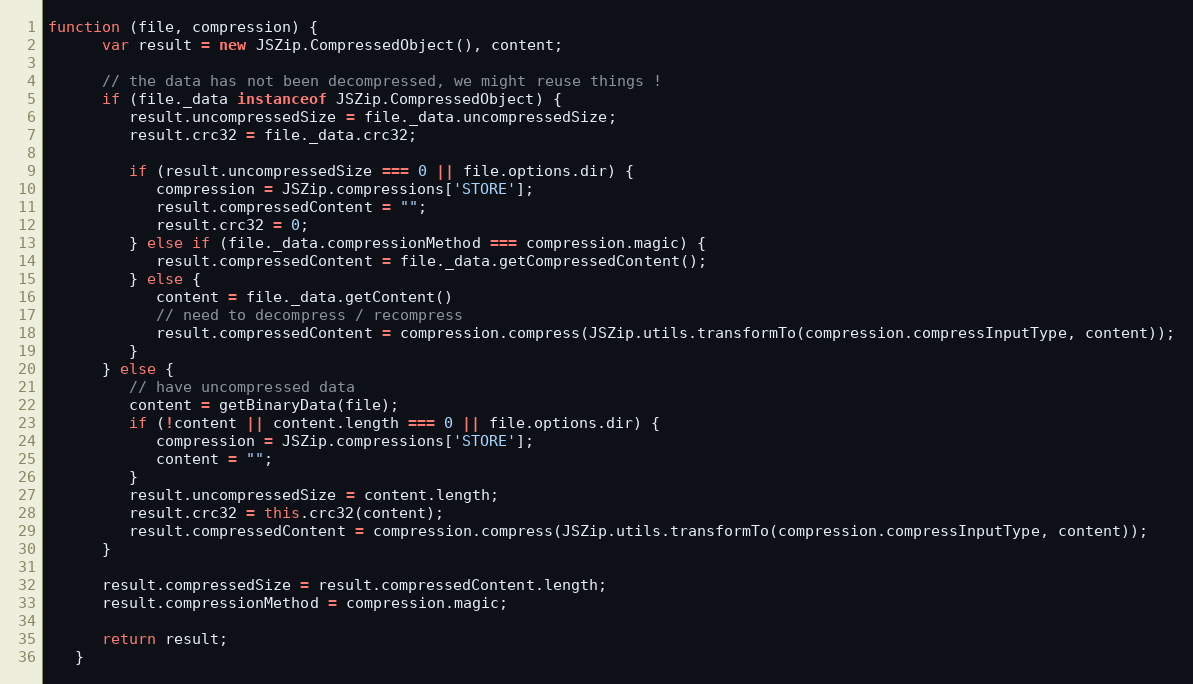
Language: JavaScript
function (file, compression) {
      var result = new JSZip.CompressedObject(), content;

      // the data has not been decompressed, we might reuse things !
      if (file._data instanceof JSZip.CompressedObject) {
         result.uncompressedSize = file._data.uncompressedSize;
         result.crc32 = file._data.crc32;

         if (result.uncompressedSize === 0 || file.options.dir) {
            compression = JSZip.compressions['STORE'];
            result.compressedContent = "";
            result.crc32 = 0;
         } else if (file._data.compressionMethod === compression.magic) {
            result.compressedContent = file._data.getCompressedContent();
         } else {
            content = file._data.getContent()
            // need to decompress / recompress
            result.compressedContent = compression.compress(JSZip.utils.transformTo(compression.compressInputType, content));
         }
      } else {
         // have uncompressed data
         content = getBinaryData(file);
         if (!content || content.length === 0 || file.options.dir) {
            compression = JSZip.compressions['STORE'];
            content = "";
         }
         result.uncompressedSize = content.length;
         result.crc32 = this.crc32(content);
         result.compressedContent = compression.compress(JSZip.utils.transformTo(compression.compressInputType, content));
      }

      result.compressedSize = result.compressedContent.length;
      result.compressionMethod = compression.magic;

      return result;
   }